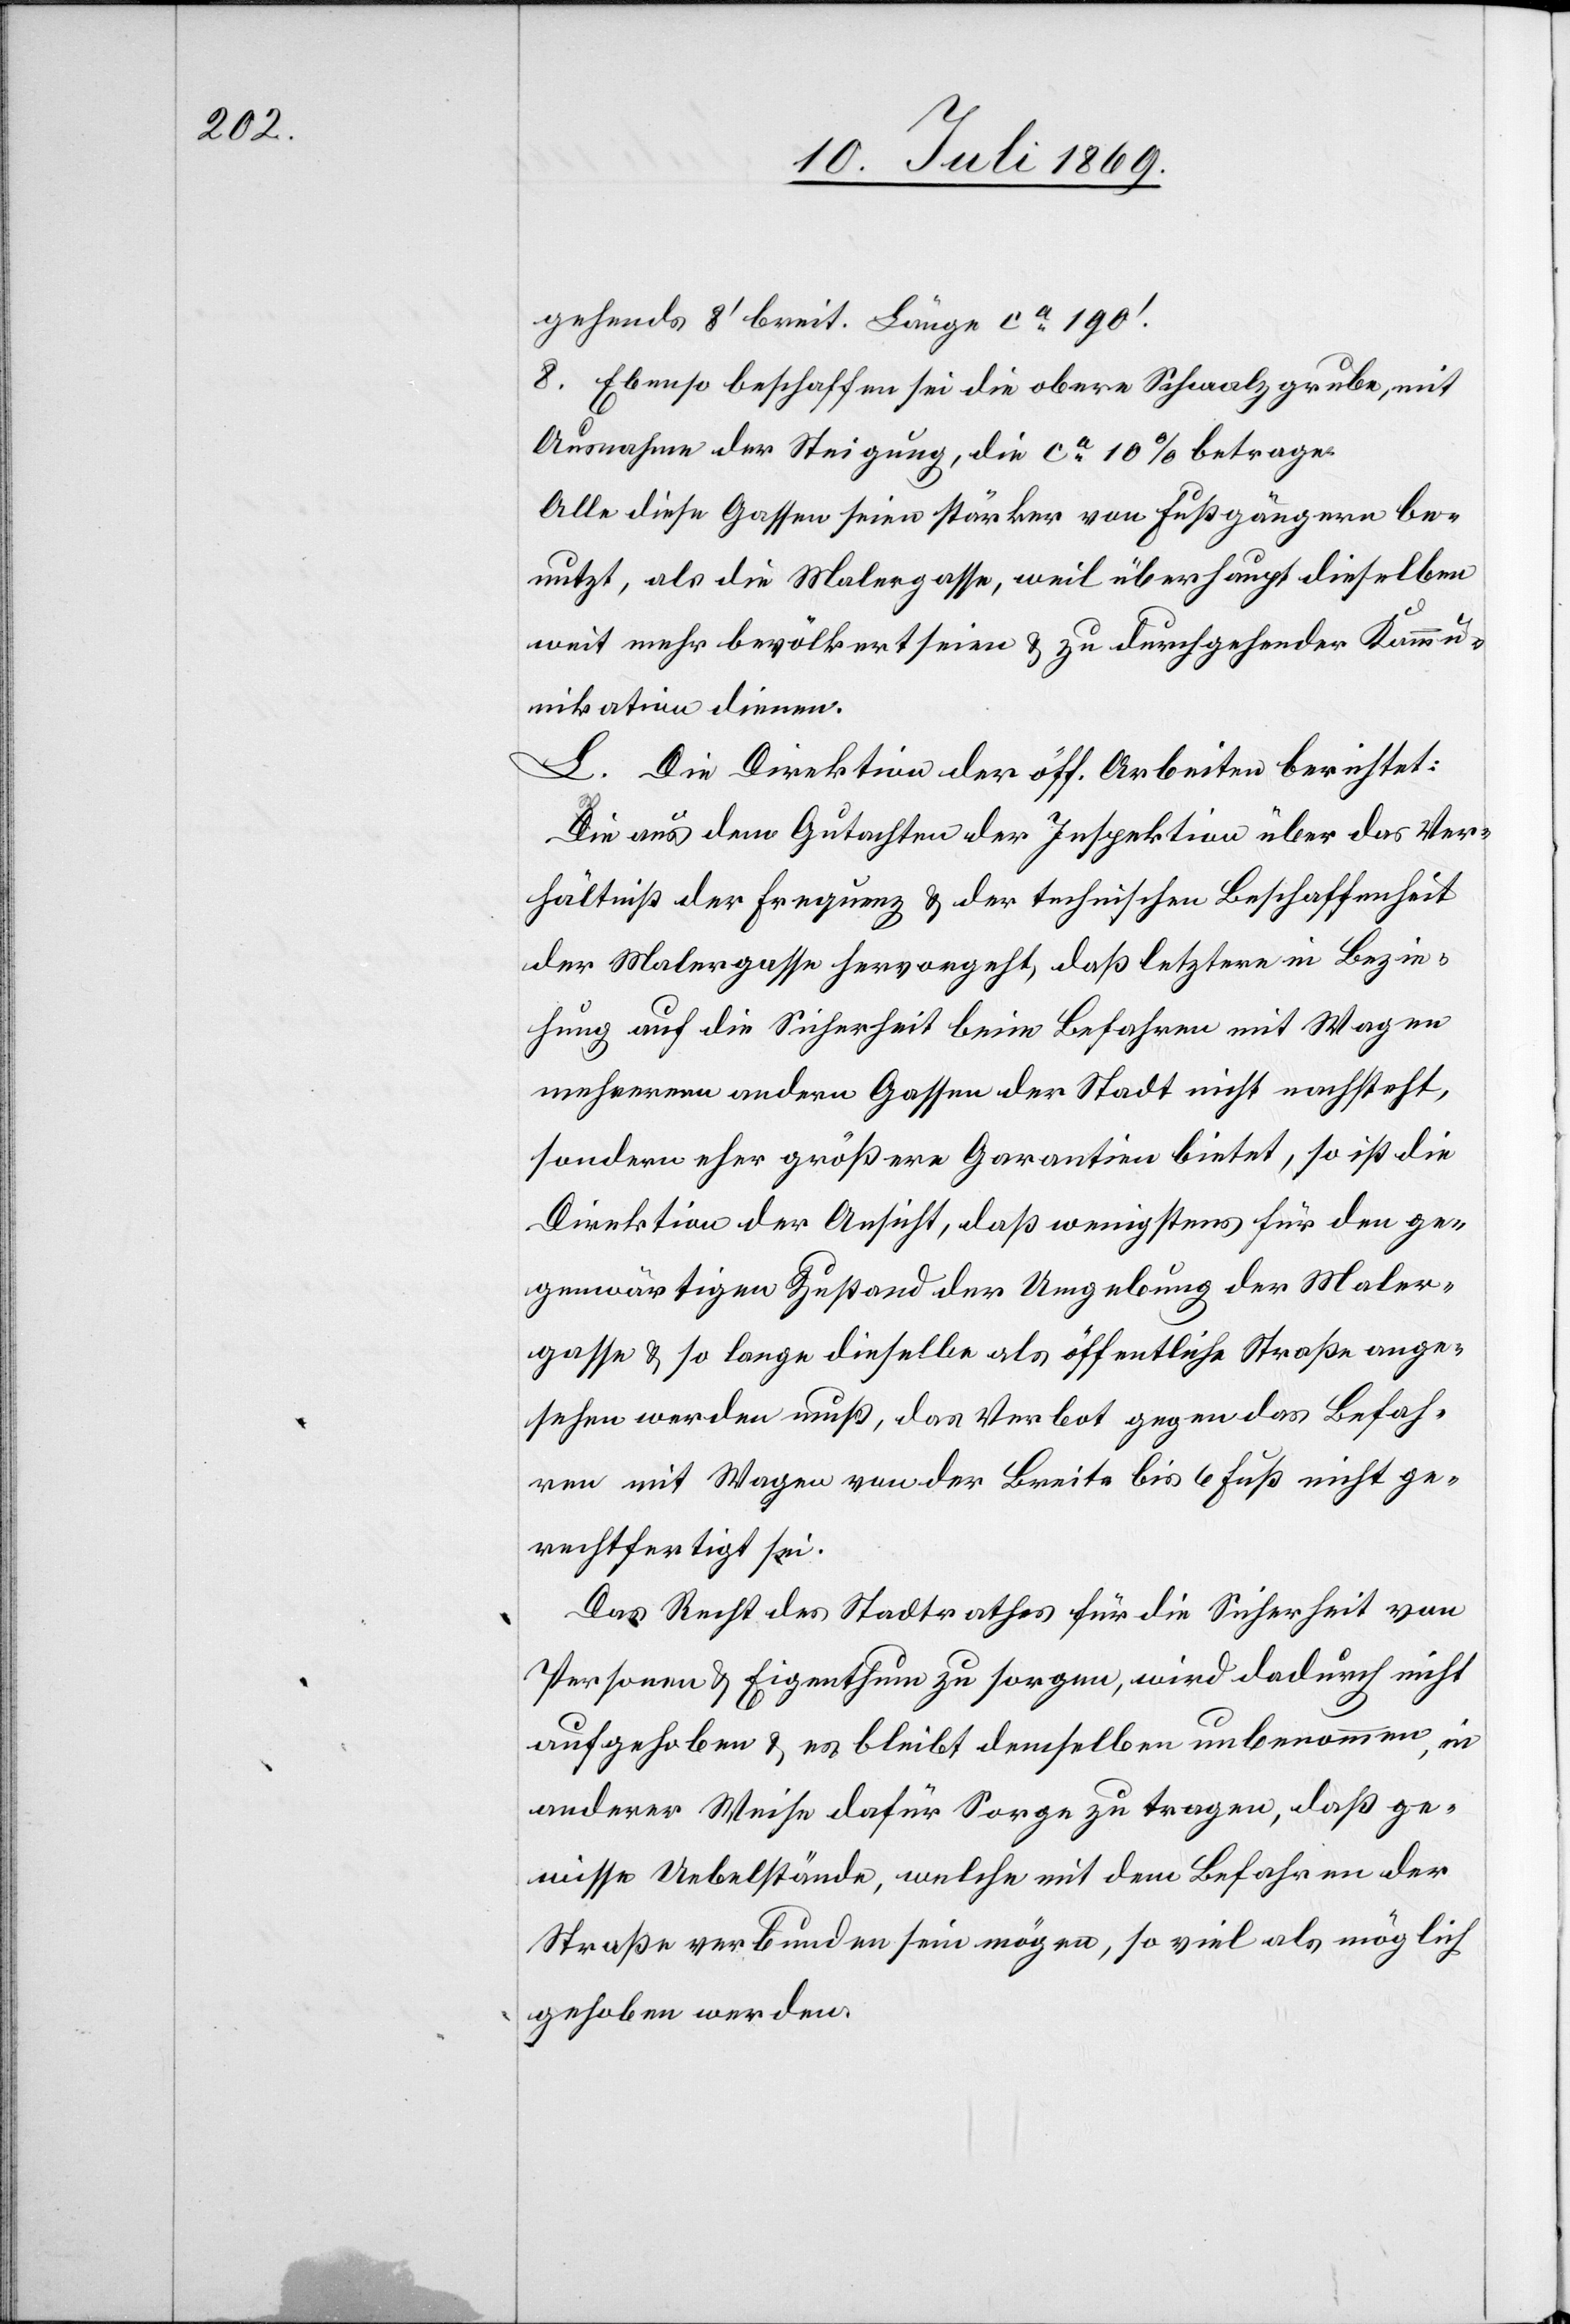
gehendes [sic!] 8’ breit. Länge ca 190’.
8. Ebenso beschaffen sei die obere Schwalzgrube, mit
Ausnahme der Steigung, die ca 10% betrage.
Alle diese Gassen seien stärker von Fußgängern be¬
nutzt, als die Malergasse, weil überhaupt dieselben
weit mehr bevölkert seien u. zu durchgehender Komm¬
unikation dienen.
L. Die Direktion der öff. Arbeiten berichtet:
Die aus dem Gutachten der Inspektion über das Ver¬
hältniß der Frequenz u. der technischen Beschaffenheit
der Malergasse hervorgeht, daß letztere in Bezie¬
hung auf die Sicherheit beim Befahren mit Wagen
mehreren andern Gassen der Stadt nicht nachsteht,
sondern eher größere Garantien bietet, so ist die
Direktion der Ansicht, daß wenigstens für den ge¬
genwärtigen Zustand der Umgebung der Maler¬
gasse u. so lange dieselbe als öffentliche Straße ange¬
ren werden muß, das Verbot gegen das Befah¬
ren mit Wagen von der Breite bis 6 Fuß nicht ge¬
rechtfertigt sei.
Das Recht des Stadtrathes für die Sicherheit von
Personen u. Eigenthum zu sorgen, wird dadurch nicht
aufgehoben u. es bleibt demselben unbenommen, in
anderer Weise dafür zu Sorge zu tragen, daß ge¬
wiße Uebelstände, welche mit dem Befahren der
Straße verbunden sein mögen, so viel als möglich
gehoben werden.